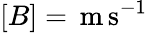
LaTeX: [B]=\, \mathrm{m}\, \mathrm{s}^{-1}